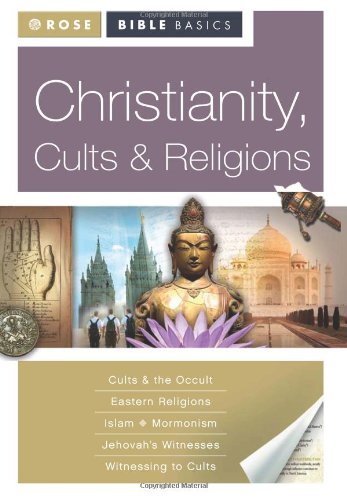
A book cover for Rose Bible Basics: Christianity, Cults & Religions; Rose Publishing; Religion & Spirituality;